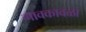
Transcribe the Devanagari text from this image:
गावकावळा